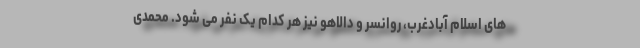
های اسلام آبادغرب، روانسر و دالاهو نیز هر کدام یک نفر می شود. محمدی